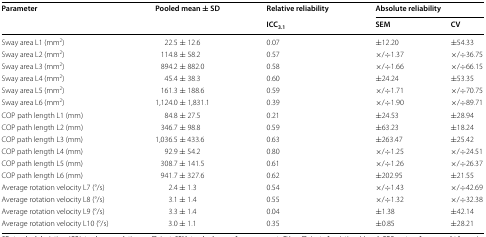
<table><thead><tr><td rowspan="2"><b>Parameter</b></td><td rowspan="2"><b>Pooled mean ± SD</b></td><td><b>Relative reliability</b></td><td colspan="2"><b>Absolute reliability</b></td></tr><tr><td><b>ICC<sub>3.1</sub></b></td><td><b>SEM</b></td><td><b>CV</b></td></tr></thead><tbody><tr><td>Sway area L1 (mm<sup>2</sup>)</td><td>22.5 ± 12.6</td><td>0.07</td><td>±12.20</td><td>±54.33</td></tr><tr><td>Sway area L2 (mm<sup>2</sup>)</td><td>114.8 ± 58.2</td><td>0.57</td><td>×/÷1.37</td><td>×/÷36.75</td></tr><tr><td>Sway area L3 (mm<sup>2</sup>)</td><td>894.2 ± 882.0</td><td>0.58</td><td>×/÷1.66</td><td>×/÷66.15</td></tr><tr><td>Sway area L4 (mm<sup>2</sup>)</td><td>45.4 ± 38.3</td><td>0.60</td><td>±24.24</td><td>±53.35</td></tr><tr><td>Sway area L5 (mm<sup>2</sup>)</td><td>161.3 ± 188.6</td><td>0.59</td><td>×/÷1.71</td><td>×/÷70.75</td></tr><tr><td>Sway area L6 (mm<sup>2</sup>)</td><td>1,124.0 ± 1,831.1</td><td>0.39</td><td>×/÷1.90</td><td>×/÷89.71</td></tr><tr><td>COP path length L1 (mm)</td><td>84.8 ± 27.5</td><td>0.21</td><td>±24.53</td><td>±28.94</td></tr><tr><td>COP path length L2 (mm)</td><td>346.7 ± 98.8</td><td>0.59</td><td>±63.23</td><td>±18.24</td></tr><tr><td>COP path length L3 (mm)</td><td>1,036.5 ± 433.6</td><td>0.63</td><td>±263.47</td><td>±25.42</td></tr><tr><td>COP path length L4 (mm)</td><td>92.9 ± 54.2</td><td>0.80</td><td>×/÷1.25</td><td>×/÷24.51</td></tr><tr><td>COP path length L5 (mm)</td><td>308.7 ± 141.5</td><td>0.61</td><td>×/÷1.26</td><td>×/÷26.37</td></tr><tr><td>COP path length L6 (mm)</td><td>941.7 ± 327.6</td><td>0.62</td><td>±202.95</td><td>±21.55</td></tr><tr><td>Average rotation velocity L7 (°/s)</td><td>2.4 ± 1.3</td><td>0.54</td><td>×/÷1.43</td><td>×/÷42.69</td></tr><tr><td>Average rotation velocity L8 (°/s)</td><td>3.1 ± 1.4</td><td>0.55</td><td>×/÷1.32</td><td>×/÷32.38</td></tr><tr><td>Average rotation velocity L9 (°/s)</td><td>3.3 ± 1.4</td><td>0.04</td><td>±1.38</td><td>±42.14</td></tr><tr><td>Average rotation velocity L10 (°/s)</td><td>3.0 ± 1.1</td><td>0.35</td><td>±0.85</td><td>±28.21</td></tr></tbody></table>